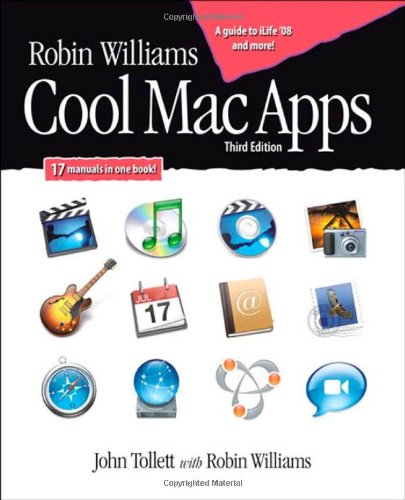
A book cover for Robin Williams Cool Mac Apps: Twelve apps for enhanced creativity and productivity (3rd Edition); John Tollett; Computers & Technology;